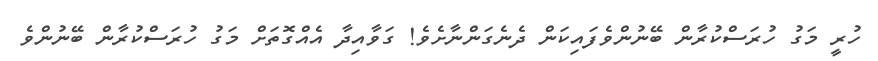
ހުރީ މަގު ހުރަސްކުރާން ބޭނުންވެފައިކަން ދެނެގަންނާށެވެ! ގަވާއިދާ އެއްގޮތަށް މަގު ހުރަސްކުރާން ބޭނުންވެ